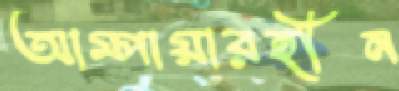
আম্পায়ারহীন